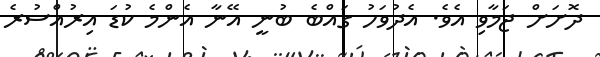
ދޮށަށް ޖަމާވި އެވެ. އެދުވަހު ގައްބެ ބުނީ އޭނާ އެންމެ ކުޑަ އިރުއްސުރެ